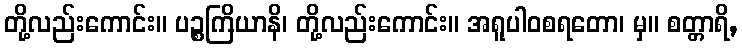
တို့လည်းကောင်း။ ပဉ္စကြိယာနိ၊ တို့လည်းကောင်း။ အရူပါဝစရတော၊ မှ။ စတ္တာရိ,